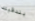
بندقيتك